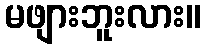
မဖျားဘူးလား။